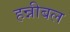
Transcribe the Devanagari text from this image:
हन्नीबल